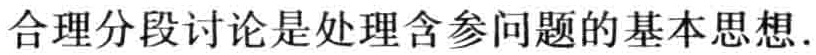
合理分段讨论是处理含参问题的基本思想.